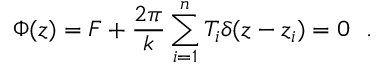
\Phi ( z ) = F + \frac { 2 \pi } { k } \sum _ { i = 1 } ^ { n } T _ { i } \delta ( z - z _ { i } ) = 0 \ \ .